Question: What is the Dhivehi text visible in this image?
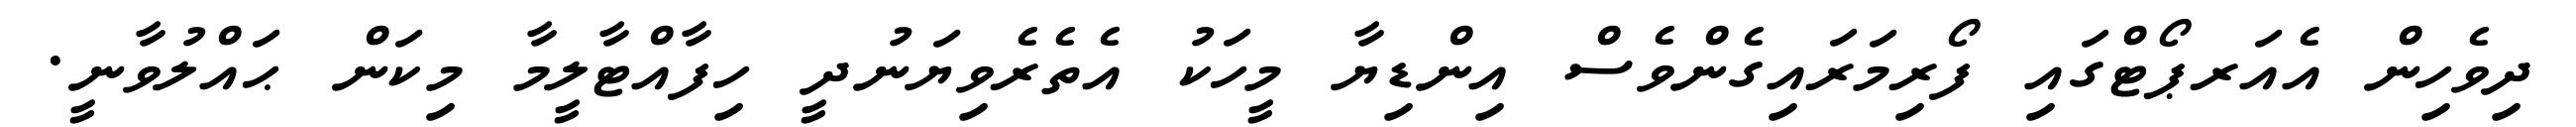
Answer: ދިވެހިން އެއަރޕޯޓްގައި ފޯރިމަރައިގެންވެސް އިންޑިޔާ މީހަކު އެތެރެވިޔަނުދީ ހިފާއްޓާލީމާ މިކަން ޙައްލުވާނީ.